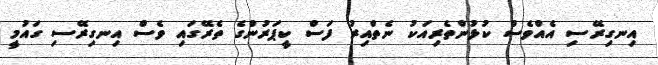
އިނގިރޭސި އެއްވެސް ކުޅުންތެރިއަކު ނެތްއިރު ފަސް ކީޕަރުންގެ ތެރޭގައި ވެސް އިނގިރޭސި ގައުމީ